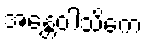
အန္တေဝါသိကေ